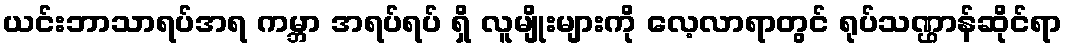
ယင်းဘာသာရပ်အရ ကမ္ဘာ အရပ်ရပ် ရှိ လူမျိုးများကို လေ့လာရာတွင် ရုပ်သဏ္ဌာန်ဆိုင်ရာ